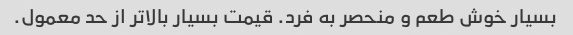
بسیار خوش طعم و منحصر به فرد. قیمت بسیار بالاتر از حد معمول.